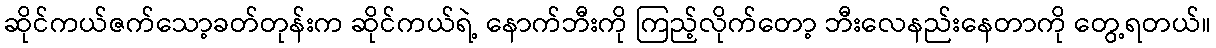
ဆိုင်ကယ်ဇက်သော့ခတ်တုန်းက ဆိုင်ကယ်ရဲ့ နောက်ဘီးကို ကြည့်လိုက်တော့ ဘီးလေနည်းနေတာကို တွေ့ရတယ်။